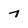
Character: 7